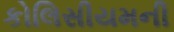
કોલિસીયમની